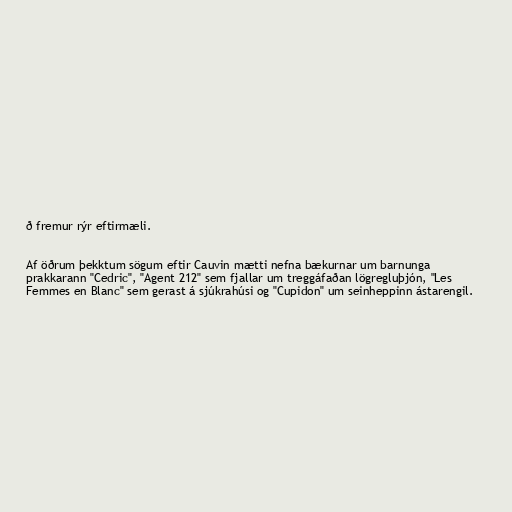
ð fremur rýr eftirmæli.

Af öðrum þekktum sögum eftir Cauvin mætti nefna bækurnar um barnunga
prakkarann "Cedric", "Agent 212" sem fjallar um treggáfaðan lögregluþjón, "Les
Femmes en Blanc" sem gerast á sjúkrahúsi og "Cupidon" um seinheppinn ástarengil.